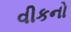
વીકનો